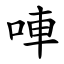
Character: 唓